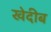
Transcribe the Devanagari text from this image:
खेदीब